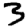
Digit: 3